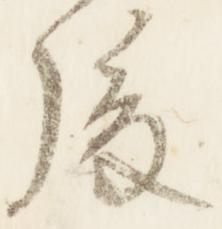
後